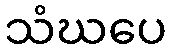
သံဃပေ